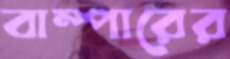
বাম্পারের